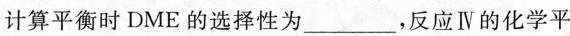
计算平衡时DME的选择性为___，反应Ⅳ的化学平